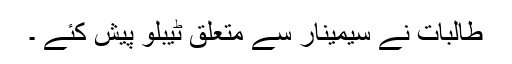
طالبات نے سیمینار سے متعلق ٹیبلو پیش کئے ۔